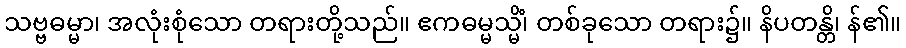
သဗ္ဗဓမ္မာ၊ အလုံးစုံသော တရားတို့သည်။ ဧကဓမ္မသ္မိံ၊ တစ်ခုသော တရား၌။ နိပတန္တိ၊ န်၏။